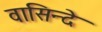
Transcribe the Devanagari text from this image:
वासिन्दे